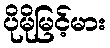
ပိုမိုမြင့်မား